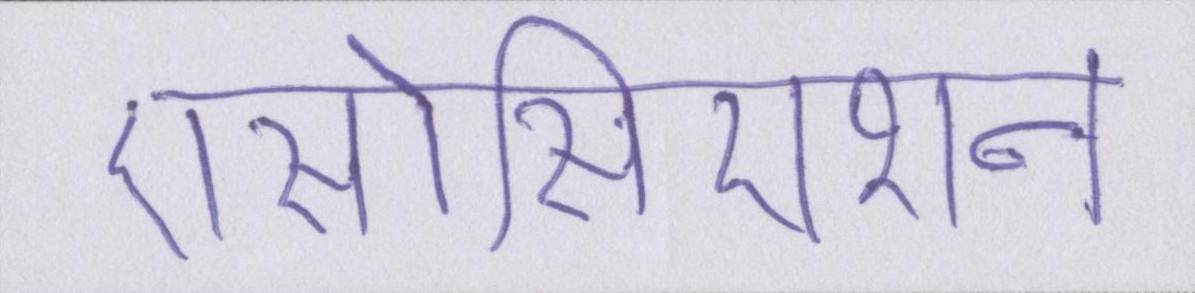
एसोसिएशन